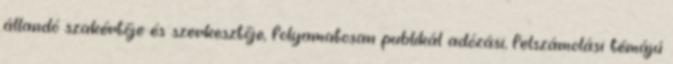
állandó szakértője és szerkesztője, folyamatosan publikál adózási, felszámolási témájú